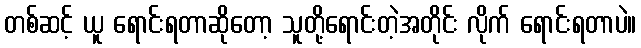
တစ်ဆင့် ယူ ရောင်းရတာဆိုတော့ သူတို့ရောင်းတဲ့အတိုင်း လိုက် ရောင်းရတာပဲ။